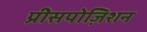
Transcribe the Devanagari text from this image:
प्रीसपोज़िशन